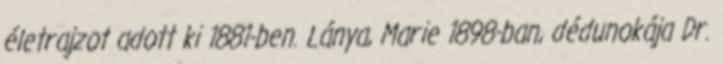
életrajzot adott ki 1881-ben. Lánya, Marie 1898-ban, dédunokája Dr.